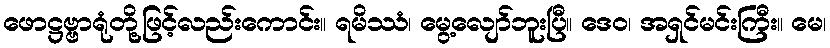
ဖောဋ္ဌဗ္ဗာရုံတို့ဖြင့်လည်းကောင်း။ ရမိဿံ၊ မွေ့လျော်ဘူးပြီ။ ဒေဝ၊ အရှင်မင်းကြီး။ မေ၊